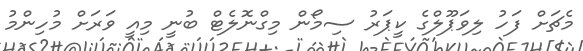
މެޗަށް ފަހު ލިވަޕޫލްގެ ކީޕަރު ސިމޯން މިގްނޮލެޓް ބުނީ މިއީ ވަރަށް މުހިންމު